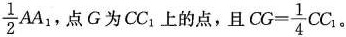
$$\frac{1}{2}AA _ { 1}$$ ，点G为CC _ { 1}上的点，且 $$CG= \frac{1}{4}CC _ { 1}$$。